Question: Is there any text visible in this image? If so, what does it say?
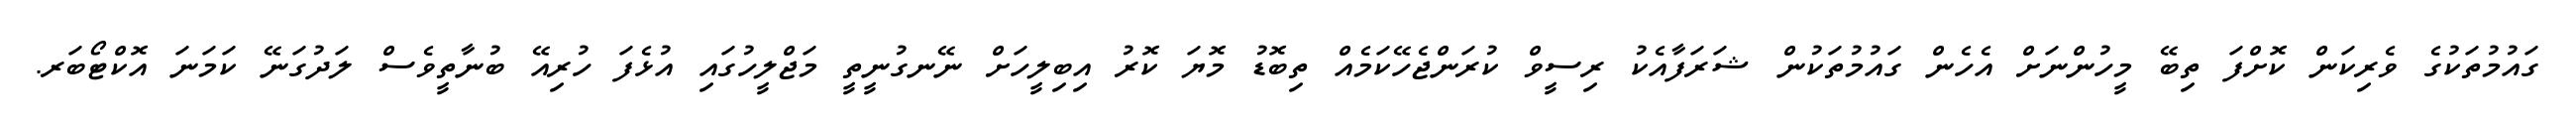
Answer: ގައުމުތަކުގެ ވެރިކަން ކޮށްފަ ތިބޭ މީހުންނަށް އެހެން ގައުމުތަކުން ޝަރަފާއެކު ރިސީވް ކުރަންޖެހޭކަމެއް ތިބޮޑު މޮޔަ ކޮރު އިބިލީހަށް ނޭނގުނީތީ މަޖްލީހުގައި އުޅެފަ ހުރިއޭ ބުނާތީވެސް ލަދުގަނޭ ކަމަނަ އޮކްޓޯބަރ.